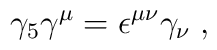
\gamma_5\gamma^\mu=\epsilon^{\mu\nu}\gamma_\nu\; ,